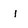
Character: i